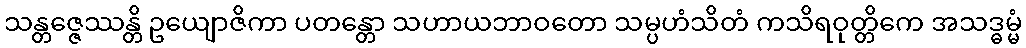
သန္တဇ္ဇေဿန္တိ ဥယျောဇိကာ ပတန္တော သဟာယဘာဝတော သမ္ပဟံသိတံ ကသိရဝုတ္တိကေ အသဒ္ဓမ္မံ